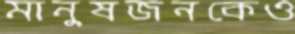
মানুষজনকেও